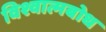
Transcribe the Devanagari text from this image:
विश्वात्मबोध